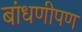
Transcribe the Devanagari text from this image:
बांधणीपण